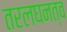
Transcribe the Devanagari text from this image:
तरलघनत्व